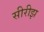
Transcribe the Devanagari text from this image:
सीरीझ